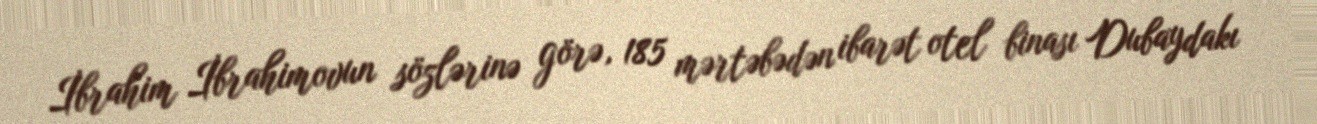
İbrahim İbrahimovun sözlərinə görə, 185 mərtəbədən ibarət otel binası Dubaydakı